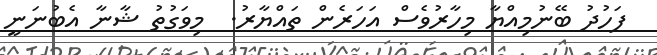
ފަހުދު ބޭނުމިއްޔާ މިހާރުވެސް އަހަރެން ތައްޔާރު.  މިވަގުތު ޝާނާ އެބުނަނީ